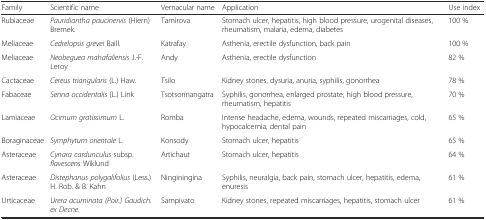
<table><thead><tr><td><b>Family</b></td><td><b>Scientific name</b></td><td><b>Vernacular name</b></td><td><b>Application</b></td><td><b>Use index</b></td></tr></thead><tbody><tr><td>Rubiaceae</td><td><i>Pauridiantha paucinervis</i> (Hiern) Bremek.</td><td>Tamirova</td><td>Stomach ulcer, hepatitis, high blood pressure, urogenital diseases, rheumatism, malaria, edema, diabetes</td><td>100 %</td></tr><tr><td>Meliaceae</td><td><i>Cedrelopsis grevei</i> Baill.</td><td>Katrafay</td><td>Asthenia, erectile dysfunction, back pain</td><td>100 %</td></tr><tr><td>Meliaceae</td><td><i>Neobeguea mahafaliensis</i> J.-F. Leroy</td><td>Andy</td><td>Asthenia, erectile dysfunction</td><td>82 %</td></tr><tr><td>Cactaceae</td><td><i>Cereus triangularis</i> (L.) Haw.</td><td>Tsilo</td><td>Kidney stones, dysuria, anuria, syphilis, gonorrhea</td><td>78 %</td></tr><tr><td>Fabaceae</td><td><i>Senna occidentalis</i> (L.) Link</td><td>Tsotsorinangatra</td><td>Syphilis, gonorrhea, enlarged prostate, high blood pressure, rheumatism, hepatitis</td><td>70 %</td></tr><tr><td>Lamiaceae</td><td><i>Ocimum gratissimum</i> L.</td><td>Romba</td><td>Intense headache, edema, wounds, repeated miscarriages, cold, hypocalcemia, dental pain</td><td>65 %</td></tr><tr><td>Boraginaceae</td><td><i>Symphytum orientale</i> L.</td><td>Konsody</td><td>Stomach ulcer, hepatitis</td><td>65 %</td></tr><tr><td>Asteraceae</td><td><i>Cynara cardunculus</i> subsp. <i>flavescens</i> Wiklund</td><td>Artichaut</td><td>Stomach ulcer, hepatitis</td><td>64 %</td></tr><tr><td>Asteraceae</td><td><i>Distephanus polygalifolius</i> (Less.) H. Rob. &amp; B. Kahn</td><td>Ninginingina</td><td>Syphilis, neuralgia, back pain, stomach ulcer, hepatitis, edema, enuresis</td><td>61 %</td></tr><tr><td>Urticaceae</td><td><i>Urera acuminata (Poir.) Gaudich. ex Decne.</i></td><td>Sampivato</td><td>Kidney stones, repeated miscarriages, hepatitis, stomach ulcer</td><td>61 %</td></tr></tbody></table>